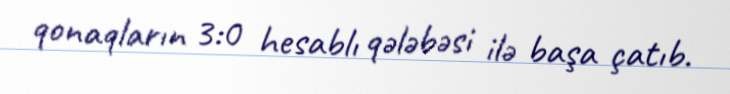
qonaqların 3:0 hesablı qələbəsi ilə başa çatıb.